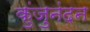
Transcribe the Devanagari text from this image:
कुंजुनंदन